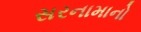
સરનામાનો